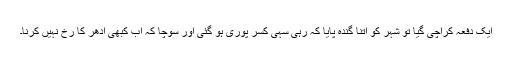
ایک دفعہ کراچی گیا تو شہر کو اتنا گندہ پایا کہ رہی سہی کسر پوری ہو گئی اور سوچا کہ اب کبھی ادھر کا رخ نہیں کرنا۔